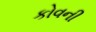
કોવની